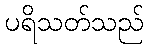
ပရိသတ်သည်